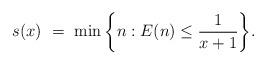
LaTeX: \begin{align*}s(x)\ = \ \min\bigg\{n : E(n) \leq \frac{1}{x + 1}\bigg\}.\end{align*}